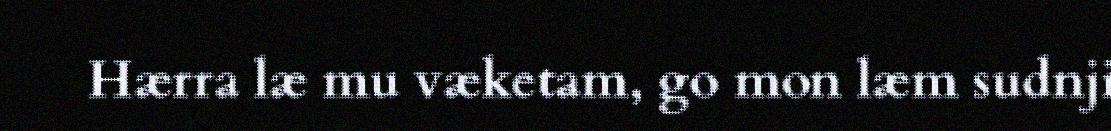
Hærra læ mu væketam, go mon læm sudnji